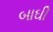
બાઘી